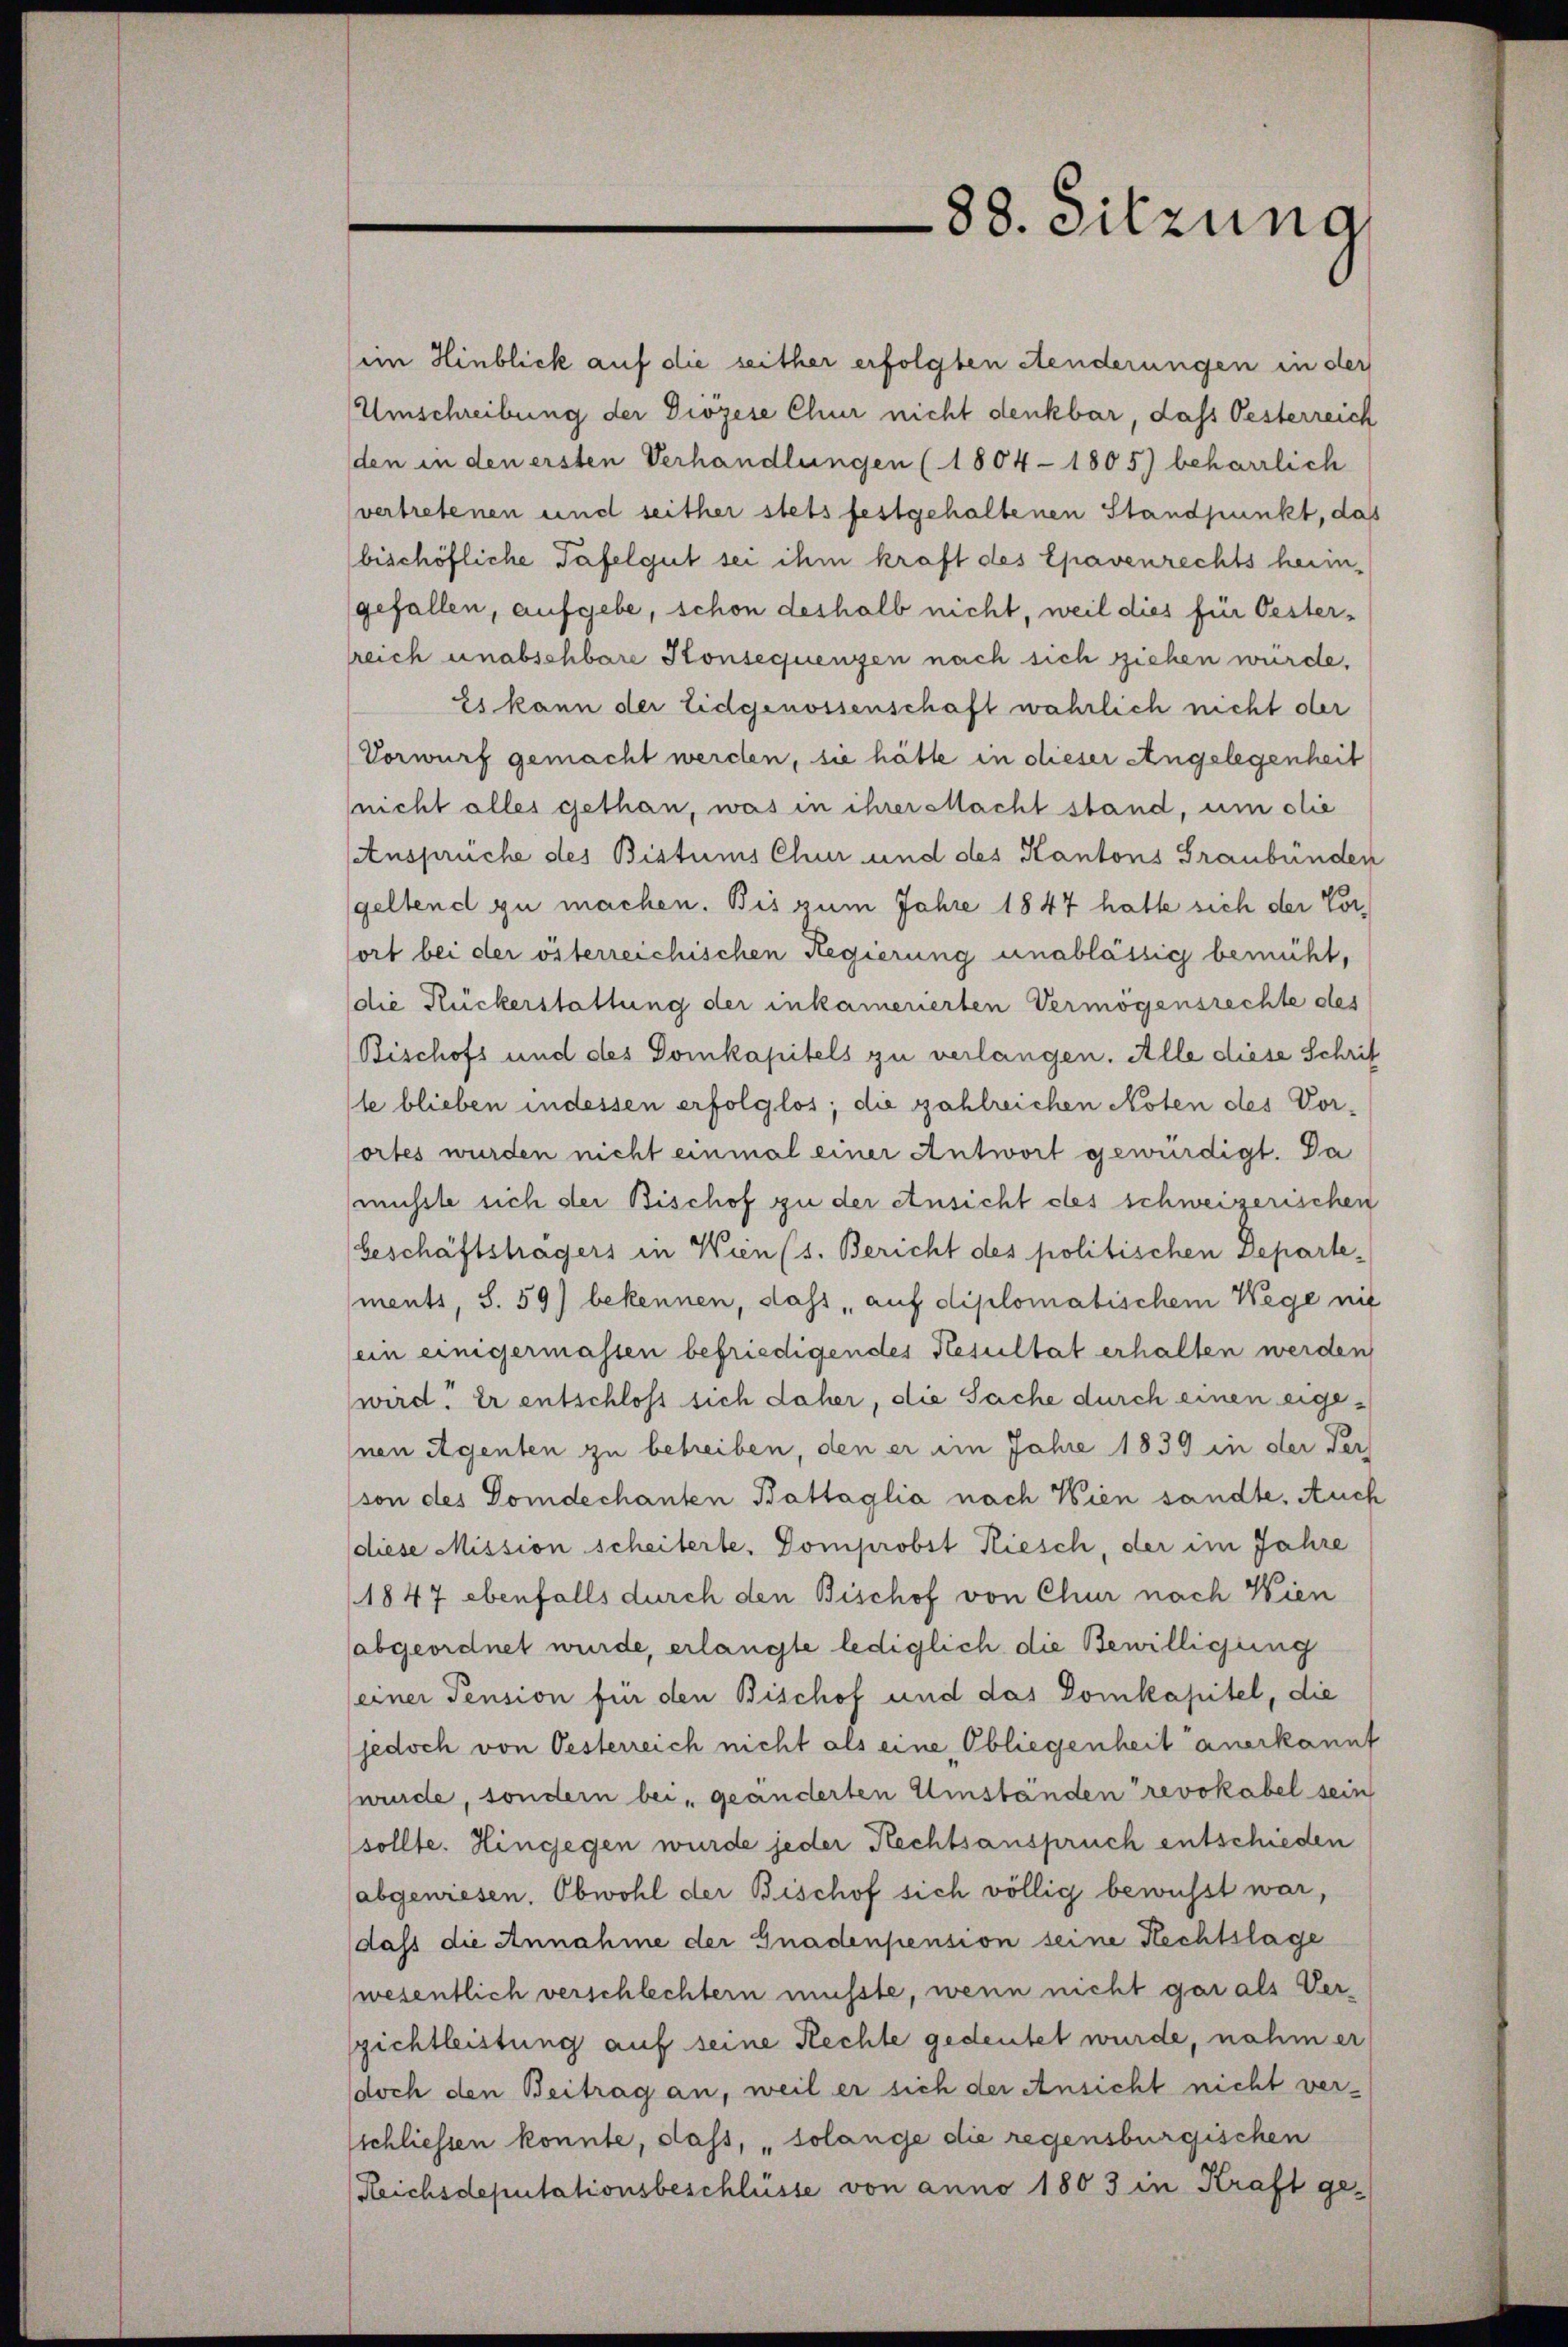
im Hinblick auf die seither erfolgten Aenderungen in der
Umschreibung der Diözese Chur nicht denkbar, dass Oesterreich
den in den ersten Verhandlungen (1804 - 1805) beharrlich
vertretenen und seither stets festgehaltenen Standpunkt, das
bischöfliche Tafelgut sei ihm kraft des Epavenrechts heim,
gefallen, aufgebe, schon deshalb nicht, weil dies für Oesterreich unabschbare Konsequenzen nach sich ziehen würde,
Es kann der Eidgenossenschaft währlich nicht der
Vorwurf gemacht werden, sie hätte in dieser Angelegenheit
(nicht alles gethan, was in ihrer stacht stand, um olie
Ansprüche des Bistums Chur und des Kantons Graubünden
geltend zu machen. Bis zum Jahre 1847 hatte sich der Vorfort bei der österreichischen Regierung unablässig bemüht,
die Rückerstattung der inkamerierten Vermögensrechte des
Bischofs und des Domkapitels zu verlangen. Alle diese Schrif
te blieben indessen erfolglos; die zahlreichen Noten des Vor-
ortes wurden nicht einmal einer Antwort gewürdigt. Da
müsste sich der Bischof zu der Ansicht des schweizerischen
beschäftsträgers in Wien (s. Bericht des politischen Departements, S. 59) bekennen, dass auf diplomatischem Wege mit
(ein einigermassen befriedigendes Resultat erhalten werden
wird. Er entschloss sich daher, die Sache durch einen eigenen Eigenten zu betreiben, den er im Jahre 1839 in der Ver¬
(von des Domdechanten Battaglia nach Wien sandte. Auch
diese Mission scheiterte. Domprobst Riesch, der im Jahre
1847 ebenfalls durch den Bischof von Chur nach Wien
abgeordnet wurde, erlangte lediglich die Bewilligung
einer Pension für den Bischof und das Domkapitel, die
(jedoch von Oesterreich nicht als eine Obliegenheit anerkannt
wurde, sondern bei „geänderten Umständen revokabel sein
sollte. Hingegen wurde jeder Rechtsanspruch entschieden
abgewiesen. Obwohl der Bischof sich völlig bewusst war,
dass die Annahme der Gnadenpension seine Rechtslage
wesentlich verschlechtern müsste, wenn nicht gar als Verzichtleistung auf seine Rechte gedeutet wurde, nahm er
doch den Beitrag an, weil er sich der Ansicht nicht versschliessen konnte, dass, „solange die regensburgischen
Reichsdeputationsbeschlüsse von anno 1803 in Kraft ge¬

88. Sitzung